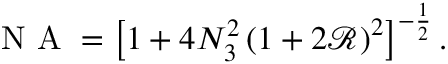
\begin{array} { r } { \mathrm { ~ N ~ A ~ } = \left[ 1 + 4 N _ { 3 } ^ { 2 } \left( 1 + 2 \mathcal { R } \right) ^ { 2 } \right] ^ { - \frac { 1 } { 2 } } . } \end{array}